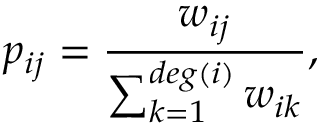
p _ { i j } = \frac { w _ { i j } } { \sum _ { k = 1 } ^ { d e g ( i ) } w _ { i k } } ,